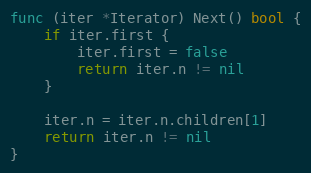
Language: Go
func (iter *Iterator) Next() bool {
	if iter.first {
		iter.first = false
		return iter.n != nil
	}

	iter.n = iter.n.children[1]
	return iter.n != nil
}